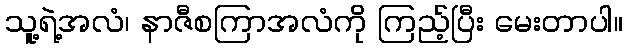
သူ့ရဲ့အလံ၊ နာဇီစကြာအလံကို ကြည့်ပြီး မေးတာပါ။